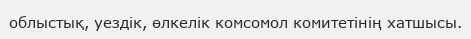
облыстық, уездік, өлкелік комсомол комитетінің хатшысы.